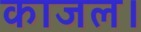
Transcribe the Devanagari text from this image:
काजल।